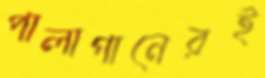
পালাগানেরই